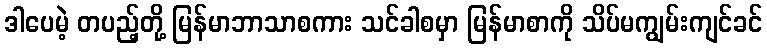
ဒါပေမဲ့ တပည့်တို့ မြန်မာဘာသာစကား သင်ခါစမှာ မြန်မာစာကို သိပ်မကျွမ်းကျင်ခင်